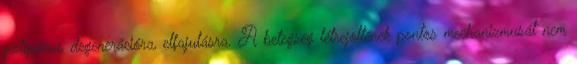
polipózus degenerációra, elfajulásra. A betegség létrejöttének pontos mechanizmusát nem